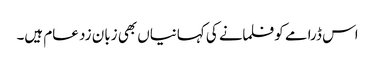
اس ڈرامے کو فلمانے کی کہانیاں بھی زبان زد عام ہیں۔